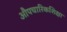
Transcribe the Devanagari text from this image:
औपचारिकशिक्षा